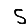
Digit: 5